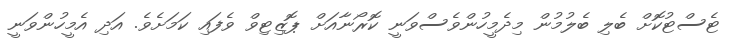
ޓެސްޓުކޮށް ބެލި ބެލުމުން މިދެމީހުންވެސްވަނީ ކޮރޯނާއަށް ޕޮޒިޓިވް ވެފައި ކަމަށެވެ. އަދި އެމީހުންވަނީ